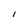
Character: 1